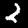
Label: 2